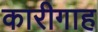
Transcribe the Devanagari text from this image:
कारीगाह